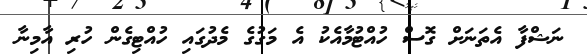
ނަޝްފާ އެތަނަށް ގޮސް ހުއްޓުމާއެކު އެ މަގުގެ މެދުގައި ހުއްޓިގެން ހުރި އާމިނާ